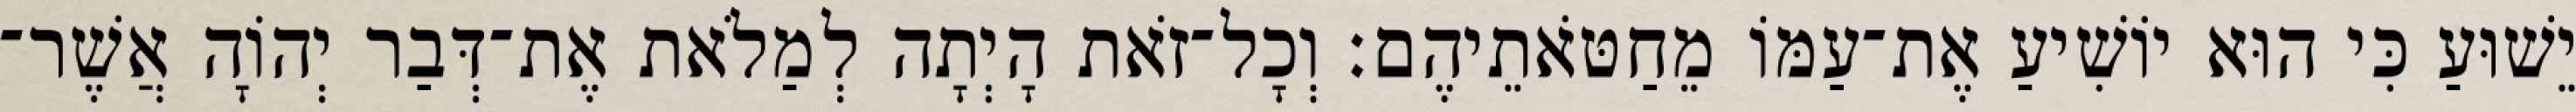
יֵשׁוּעַ כִּי הוּא יוֹשִׁיעַ אֶת־עַמּוֹ מֵחַטֹּאתֵיהֶם׃ וְכָל־זֹאת הָיְתָה לְמַלֹאת אֶת־דְּבַר יְהוָֹה אֲשֶׁר־